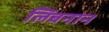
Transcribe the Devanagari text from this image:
लिबनान